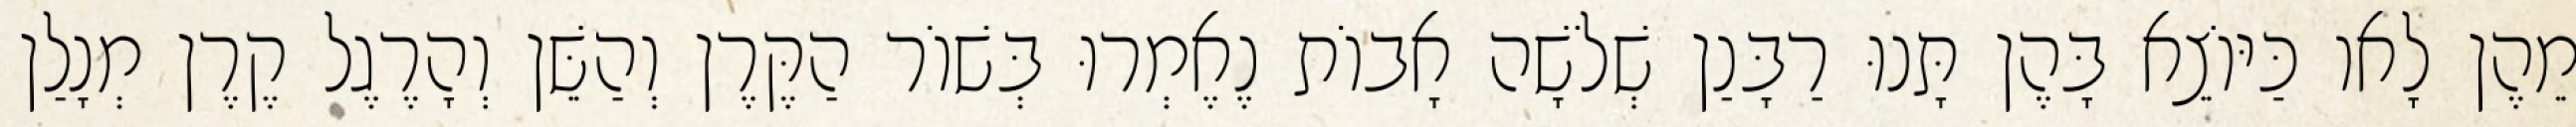
מֵהֶן לָאו כַּיּוֹצֵא בָּהֶן תָּנוּ רַבָּנַן שְׁלֹשָׁה אָבוֹת נֶאֶמְרוּ בְּשׁוֹר הַקֶּרֶן וְהַשֵּׁן וְהָרֶגֶל קֶרֶן מְנָלַן